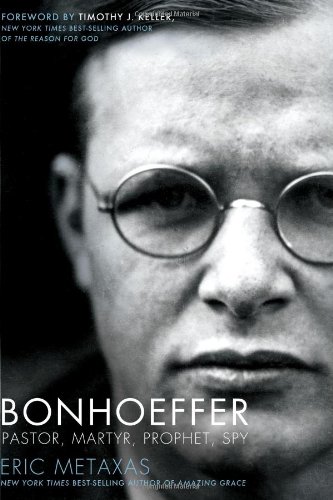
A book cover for Bonhoeffer: Pastor, Martyr, Prophet, Spy; Eric Metaxas; Biographies & Memoirs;